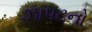
ઝાપટનો